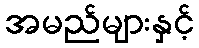
အမည်များနှင့်